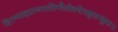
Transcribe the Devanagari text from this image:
हिरण्याक्षप्राणघातिन्त्रैलोक्येमङ्गलम्कुरु॥